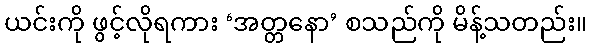
ယင်းကို ဖွင့်လိုရကား ‘အတ္တနော’ စသည်ကို မိန့်သတည်း။